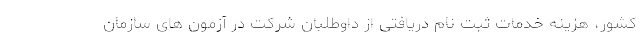
کشور، هزینه خدمات ثبت نام دریافتی از داوطلبان شرکت در آزمون های سازمان